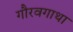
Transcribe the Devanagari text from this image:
गौरवगाथा